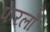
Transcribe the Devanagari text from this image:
फेरलाँ